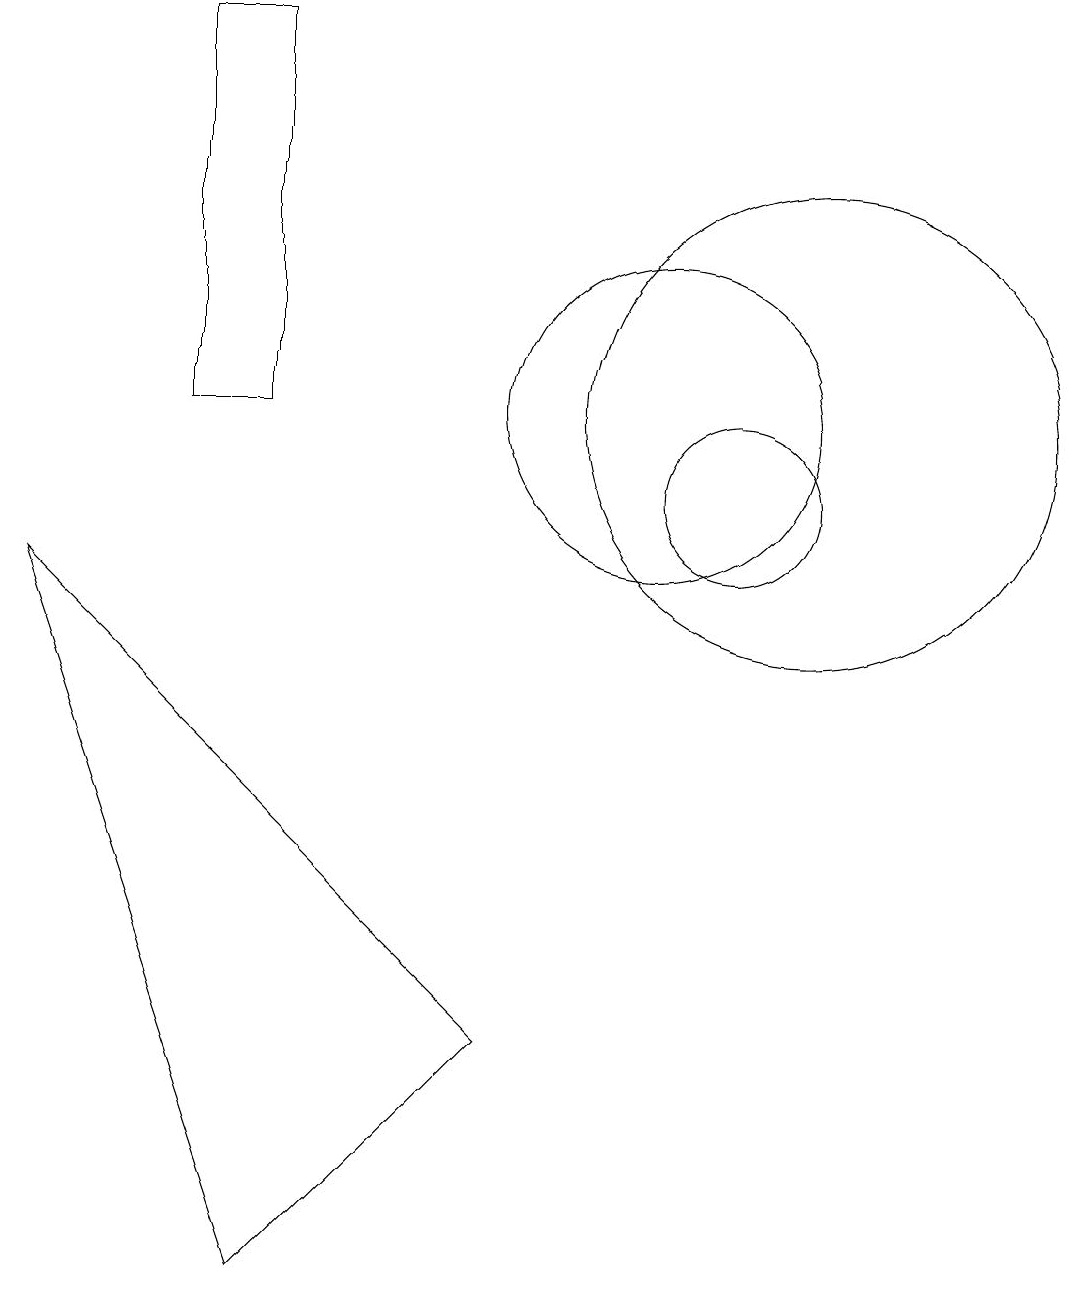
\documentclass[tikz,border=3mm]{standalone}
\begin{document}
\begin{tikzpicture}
\draw (11,10) circle (1);
\draw (5,11) rectangle (4,16);
\draw (12,11) circle (3);
\draw (10,11) circle (2);
\draw (12,11) circle (0);
\draw (5,0) -- (2,9) -- (8,3) -- cycle;
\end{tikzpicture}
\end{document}